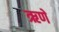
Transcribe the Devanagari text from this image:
ऋणे